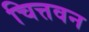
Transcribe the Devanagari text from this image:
चित्तवन